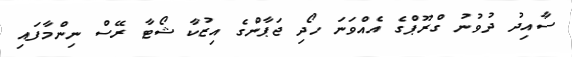
ސާއިދު ދުވުނު ގްރޫޕްގެ އެއްވަނަ ހޯދި ޖަޕާންގެ އިޒުކާ ޝޯޓާ ރޭސް ނިންމާފައި